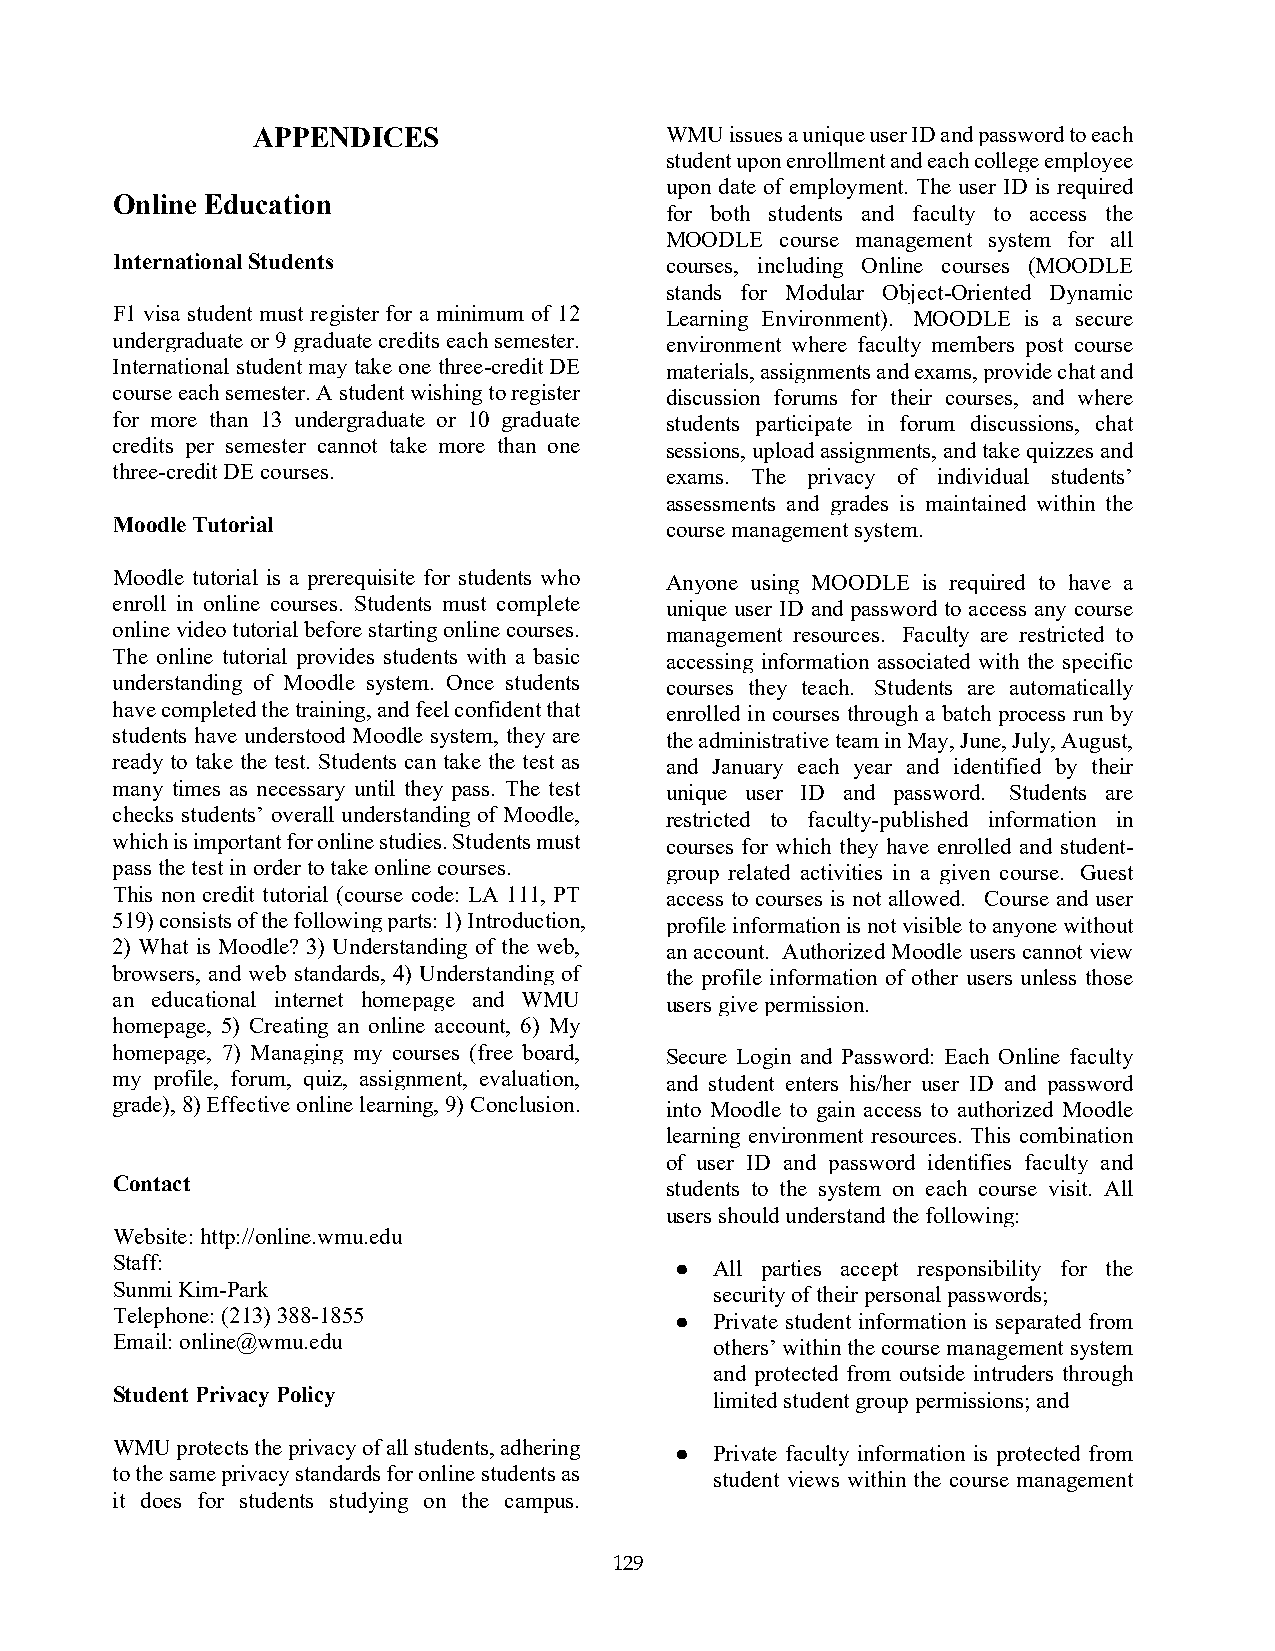
APPENDICES                 WMU issues a unique user ID and password to each
 student upon enrollment and each college employee
 upon date of employment. The user ID is required
 Online Education
 for both students and faculty to access the
 MOODLE  course management system for all
 International Students               courses, including Online courses (MOODLE
 stands for Modular Object-Oriented Dynamic
 F1 visa student must register for a minimum of 12 Learning Environment). MOODLE is a secure
 undergraduate or 9 graduate credits each semester. environment where faculty members post course
 International student may take one three-credit DE materials, assignments and exams, provide chat and
 course each semester. A student wishing to register discussion forums for their courses, and where
 for more than 13 undergraduate or 10 graduate students participate in forum discussions, chat
 credits per semester cannot take more than one sessions, upload assignments, and take quizzes and
 three-credit DE courses.             exams. The privacy of individual students’
 assessments and grades is maintained within the
 Moodle Tutorial                      course management system.
 Moodle tutorial is a prerequisite for students who Anyone using MOODLE is required to have a
 enroll in online courses. Students must complete unique user ID and password to access any course
 online video tutorial before starting online courses. management resources. Faculty are restricted to
 The online tutorial provides students with a basic accessing information associated with the specific
 understanding of Moodle system. Once students courses they teach. Students are automatically
 have completed the training, and feel confident that enrolled in courses through a batch process run by
 students have understood Moodle system, they are the administrative team in May, June, July, August,
 ready to take the test. Students can take the test as and January each year and identified by their
 many times as necessary until they pass. The test unique user ID and password. Students are
 checks students’ overall understanding of Moodle, restricted to faculty-published information in
 which is important for online studies. Students must courses for which they have enrolled and student-
 pass the test in order to take online courses. group related activities in a given course. Guest
 This non credit tutorial (course code: LA 111, PT access to courses is not allowed. Course and user
 519) consists of the following parts: 1) Introduction, profile information is not visible to anyone without
 2) What is Moodle? 3) Understanding of the web, an account. Authorized Moodle users cannot view
 browsers, and web standards, 4) Understanding of the profile information of other users unless those
 an educational internet homepage and WMU users give permission.
 homepage, 5) Creating an online account, 6) My
 homepage, 7) Managing my courses (free board, Secure Login and Password: Each Online faculty
 my profile, forum, quiz, assignment, evaluation, and student enters his/her user ID and password
 grade), 8) Effective online learning, 9) Conclusion. into Moodle to gain access to authorized Moodle
 learning environment resources. This combination
 of user ID and password identifies faculty and
 Contact                              students to the system on each course visit. All
 users should understand the following:
 Website: http://online.wmu.edu
 Staff:                                ● All parties accept responsibility for the
 Sunmi Kim-Park                          security of their personal passwords;
 Telephone: (213) 388-1855             ● Private student information is separated from
 Email: online@wmu.edu                   others’ within the course management system
 and protected from outside intruders through
 Student Privacy Policy                  limited student group permissions; and
 WMU  protects the privacy of all students, adhering ● Private faculty information is protected from
 to the same privacy standards for online students as student views within the course management
 it does for students studying on the campus.
 129